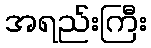
အရည်းကြီး